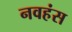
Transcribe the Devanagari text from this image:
नवहंस